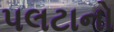
પલટાનો